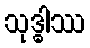
သုဒ္ဓါဿ